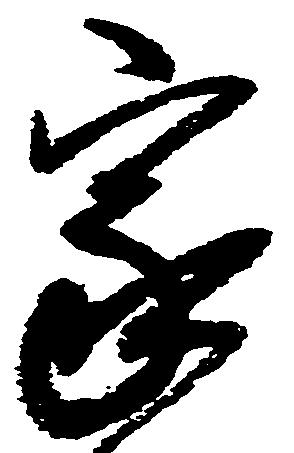
家